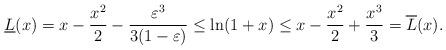
LaTeX: \begin{align*}\underline{L}(x) = x - \frac{x^2}{2} - \frac{\varepsilon^3}{3 (1-\varepsilon)} \leq \ln(1+x) \leq x - \frac{x^2}{2} + \frac{x^3}{3} = \overline{L}(x). \end{align*}